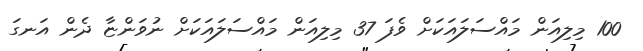
100 މިލިއަން މައްސަލައަކަށް ވެފަ 37 މިލިއަން މައްސަލައަކަށް ނުވަންޏާ ދެން އަނގަ